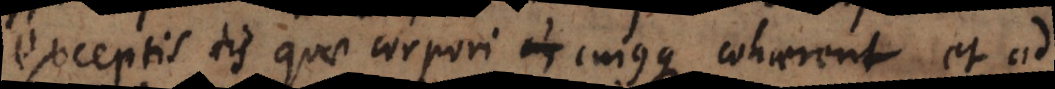
exceptis iis quae corpori cujusque cohaerent, et ad